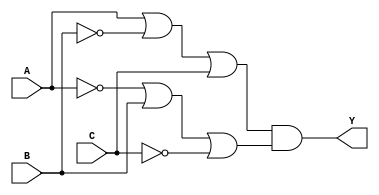
module pos_simplification (
    input wire A,   // Input variable A
    input wire B,   // Input variable B
    input wire C,   // Input variable C
    output wire Y   // Output of the POS expression
);

// Define the complemented inputs
wire not_A = ~A; // NOT A
wire not_B = ~B; // NOT B
wire not_C = ~C; // NOT C

// Sum Terms
wire sum_term1 = A | not_B | C; // (A + B' + C)
wire sum_term2 = not_A | B | not_C; // (A' + B + C')

// Product Term (AND of all sum terms)
assign Y = sum_term1 & sum_term2; // Final output Y = (A + B' + C)(A' + B + C')

// Note: You can add more sum terms as needed based on the logic function.

endmodule